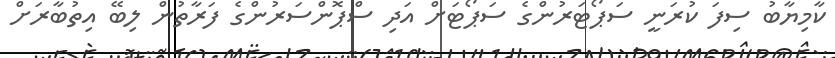
ކާމިޔާބު ސިފަ ކުރަނީ ސަޕޯޓަރުންގެ ސަޕޯޓަށް އަދި ސްޕޮންސަރުންގެ ފަރާތުން ލިބޭ އިތުބާރަށް